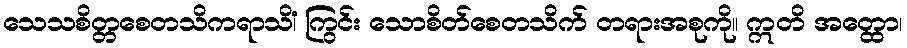
သေသစိတ္တစေတသိကရာသိံ၊ ကြွင်း သောစိတ်စေတသိက် တရားအစုကို။ ဣတိ အတ္ထော၊